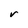
Character: r